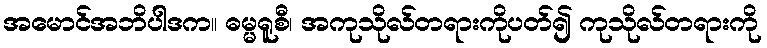
အမောင်အဘိပါဒက။ ဓမ္မရူစီ၊ အကုသိုလ်တရားကိုပတ်၍ ကုသိုလ်တရားကို